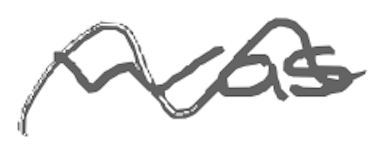
Text: was
Cross-out: wave
Writing tool: digital_gray